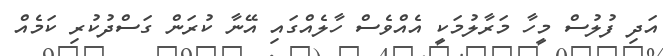
އަދި ފުލުސް މީހާ މަރާލުމަކީ އެއްވެސް ހާލެއްގައި އޭނާ ކުރަން ގަސްދުކުރި ކަމެއް